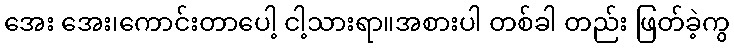
အေး အေး၊ကောင်းတာပေါ့ ငါ့သားရာ။အစားပါ တစ်ခါ တည်း ဖြတ်ခဲ့ကွ